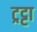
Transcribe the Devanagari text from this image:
ट्रट्टा